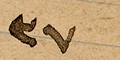
٣٧